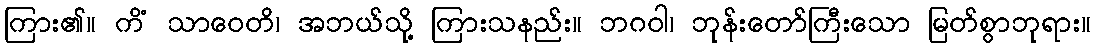
ကြား၏။ ကိံ သာဝေတိ၊ အဘယ်သို့ ကြားသနည်း။ ဘဂဝါ၊ ဘုန်းတော်ကြီးသော မြတ်စွာဘုရား။